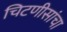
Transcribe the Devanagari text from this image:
चिटणीसांचा